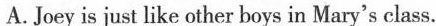
A.Joey is just like other boys in Mary's class.